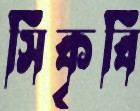
সিকৃবি